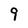
Character: 9